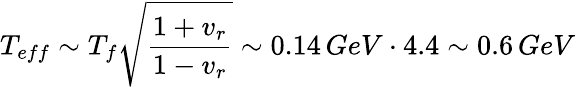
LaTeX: T_{eff}\sim T_{f}\sqrt{\frac{1+v_{r}}{1-v_{r}}}\sim 0.14\, GeV\cdot 4.4\sim 0.6\, GeV